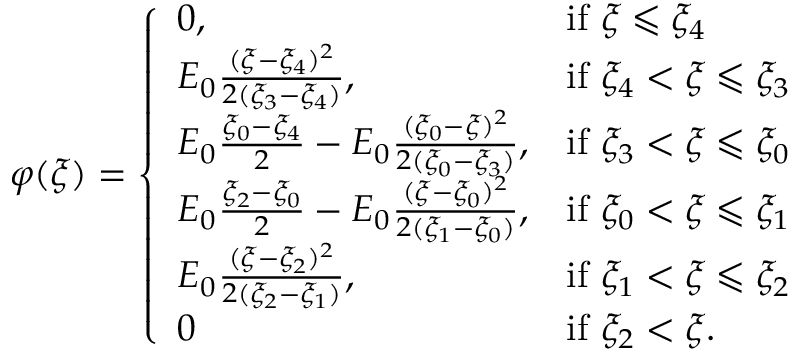
\begin{array} { r } { \varphi ( \xi ) = \left\{ \begin{array} { l l } { 0 , } & { \mathrm { i f ~ } \xi \leqslant \xi _ { 4 } } \\ { E _ { 0 } \frac { ( \xi - \xi _ { 4 } ) ^ { 2 } } { 2 ( \xi _ { 3 } - \xi _ { 4 } ) } , } & { \mathrm { i f ~ } \xi _ { 4 } < \xi \leqslant \xi _ { 3 } } \\ { E _ { 0 } \frac { \xi _ { 0 } - \xi _ { 4 } } { 2 } - E _ { 0 } \frac { ( \xi _ { 0 } - \xi ) ^ { 2 } } { 2 ( \xi _ { 0 } - \xi _ { 3 } ) } , } & { \mathrm { i f ~ } \xi _ { 3 } < \xi \leqslant \xi _ { 0 } } \\ { E _ { 0 } \frac { \xi _ { 2 } - \xi _ { 0 } } { 2 } - E _ { 0 } \frac { ( \xi - \xi _ { 0 } ) ^ { 2 } } { 2 ( \xi _ { 1 } - \xi _ { 0 } ) } , } & { \mathrm { i f ~ } \xi _ { 0 } < \xi \leqslant \xi _ { 1 } } \\ { E _ { 0 } \frac { ( \xi - \xi _ { 2 } ) ^ { 2 } } { 2 ( \xi _ { 2 } - \xi _ { 1 } ) } , } & { \mathrm { i f ~ } \xi _ { 1 } < \xi \leqslant \xi _ { 2 } } \\ { 0 } & { \mathrm { i f ~ } \xi _ { 2 } < \xi . } \end{array} \right. } \end{array}